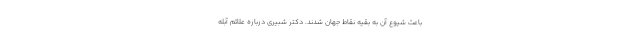
باعث شیوع آن به بقیه نقاط جهان شدند. دکتر شبیری درباره علائم آبله